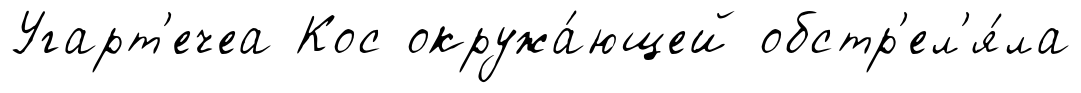
Угарт'ечеа Кос окружа́ющей обстр'ел'я́ла